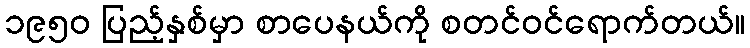
၁၉၅၀ ပြည့်နှစ်မှာ စာပေနယ်ကို စတင်ဝင်ရောက်တယ်။